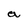
Character: a